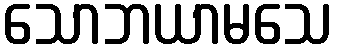
သောဘယာမသေ